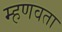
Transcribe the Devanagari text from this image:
म्हणवता